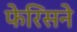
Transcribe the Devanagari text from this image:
फेरिसने